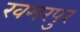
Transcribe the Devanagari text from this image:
खमरपुर